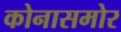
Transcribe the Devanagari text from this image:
कोनासमोर